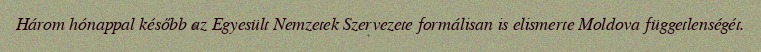
Három hónappal később az Egyesült Nemzetek Szervezete formálisan is elismerte Moldova függetlenségét.